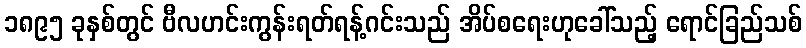
၁၈၉၅ ခုနှစ်တွင် ဗီလဟင်းကွန်းရတ်ရန့်ဂင်းသည် အိပ်စရေးဟုခေါ်သည့် ရောင်ခြည်သစ်